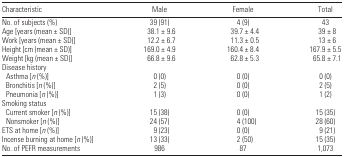
| Characteristic | Male | Female | Total |
 | --- | --- | --- | --- |
 | No. of subjects (%) | 39 (91) | 4 (9) | 43 |
 | Age [years (mean ± SD)] | 38.1 ± 9.6 | 39.7 ± 4.4 | 39 ± 8 |
 | Work [years (mean ± SD)] | 12.2 ± 6.7 | 11.3 ± 0.5 | 13 ± 6 |
 | Height [cm (mean ± SD)] | 169.0 ± 4.9 | 160.4 ± 8.4 | 167.9 ± 5.5 |
 | Weight [kg (mean ± SD)] | 66.8 ± 9.6 | 62.8 ± 5.3 | 65.8 ± 7.1 |
 | <COLSPAN=4> Disease history |
 | Asthma [n (%)] | 0 (0) | 0 (0) | 0 (0) |
 | Bronchitis [n (%)] | 2 (5) | 0 (0) | 2 (5) |
 | Pneumonia [n (%)] | 1 (3) | 0 (0) | 1 (2) |
 | <COLSPAN=4> Smoking status |
 | Current smoker [n (%)] | 15 (38) | 0 (0) | 15 (35) |
 | Nonsmoker [n (%)] | 24 (57) | 4 (100) | 28 (60) |
 | ETS at home [n (%)] | 9 (23) | 0 (0) | 9 (21) |
 | Incense burning at home [n (%)] | 13 (33) | 2 (50) | 15 (35) |
 | No. of PEFR measurements | 986 | 87 | 1,073 |